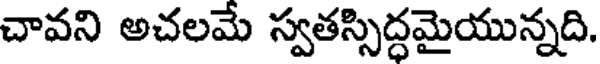
చావని అచలమే స్వతస్సిద్ధమైయున్నది.